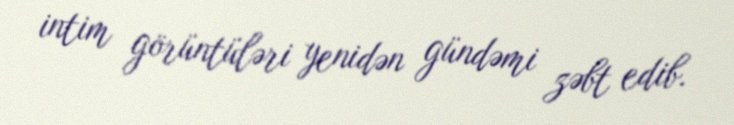
intim görüntüləri yenidən gündəmi zəbt edib.